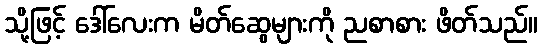
သို့ဖြင့် ဒေါ်လေးက မိတ်ဆွေများကို ညစာစား ဖိတ်သည်။